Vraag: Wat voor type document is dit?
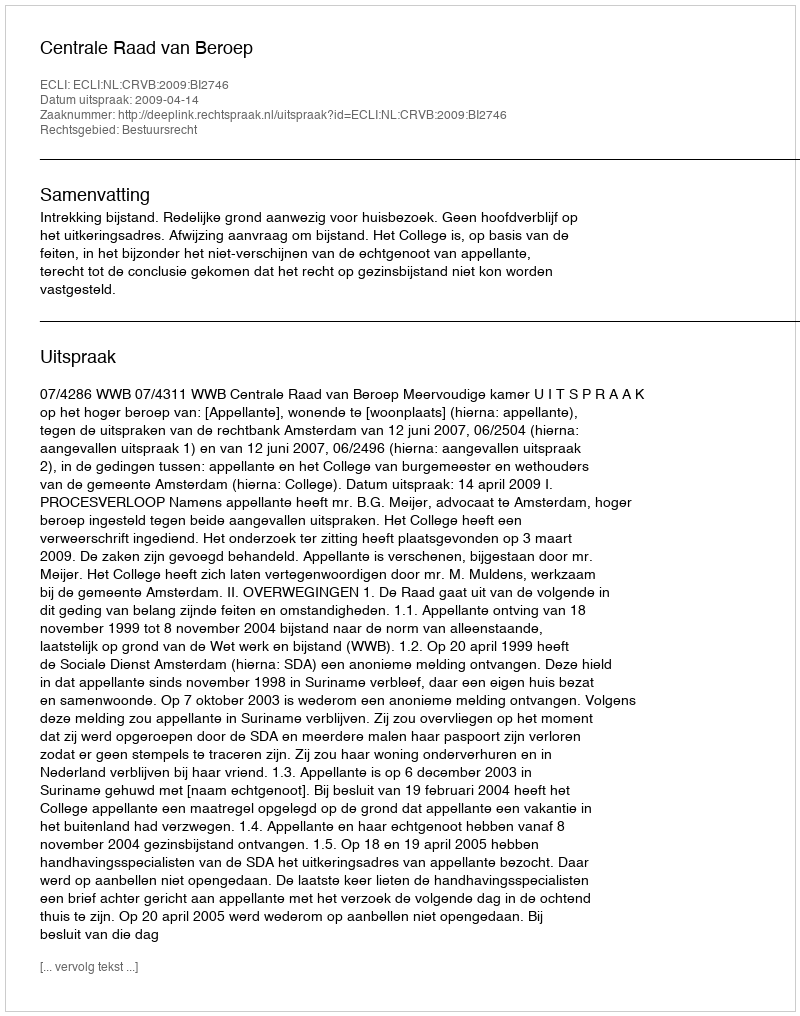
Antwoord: Uitspraak